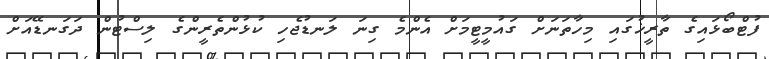
ފުޓްބޯޅައިގެ ތާރީޚުގައި މިހާތަނަށް ގައުމީޓީމަށް އެންމެ ގިނަ ލަނޑުޖެހި ކުޅުންތެރީންގެ ލިސްޓުން ދަގަނޑޭއަށް